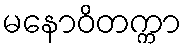
မနောဝိတက္ကာ